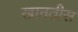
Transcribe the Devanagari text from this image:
खानतीस